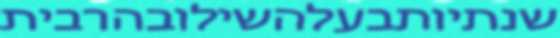
שנתיותבעלהשילובהרבית